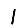
Digit: 1